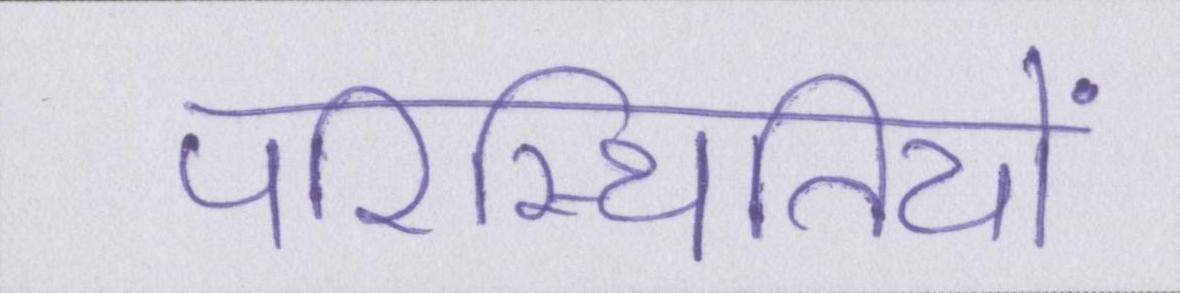
परिस्थितियों